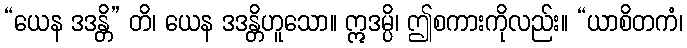
“ယေန ဒဒန္တိ” တိ၊ ယေန ဒဒန္တိဟူသော။ ဣဒမ္ပိ၊ ဤစကားကိုလည်း။ “ယာစိတကံ၊